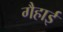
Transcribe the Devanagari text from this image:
गैहाई